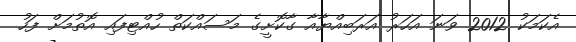
އެކަމަކު 2012 ވަނަ އަހަރު އަރަބިއްޔާއާ ގާކޮށީގެ މަސައްކަތް ހުއްޓިފައި އޮތުމަށް ފަހު